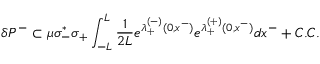
\delta P ^ { - } \subset \mu \sigma _ { - } ^ { * } \sigma _ { + } \int _ { - L } ^ { L } { \frac { 1 } { 2 L } } e ^ { \lambda _ { + } ^ { ( - ) } ( 0 , x ^ { - } ) } e ^ { \lambda _ { + } ^ { ( + ) } ( 0 , x ^ { - } ) } d x ^ { - } + C . C .